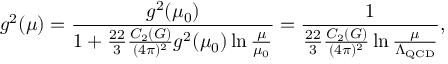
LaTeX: g ^ { 2 } ( \mu ) = { \frac { g ^ { 2 } ( \mu _ { 0 } ) } { 1 + { \frac { 2 2 } { 3 } } { \frac { C _ { 2 } ( G ) } { ( 4 \pi ) ^ { 2 } } } g ^ { 2 } ( \mu _ { 0 } ) \ln { \frac { \mu } { \mu _ { 0 } } } } } = { \frac { 1 } { { \frac { 2 2 } { 3 } } { \frac { C _ { 2 } ( G ) } { ( 4 \pi ) ^ { 2 } } } \ln { \frac { \mu } { \Lambda _ { \mathrm { Q C D } } } } } } ,